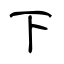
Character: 下